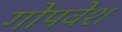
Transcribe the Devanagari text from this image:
गोपवेश